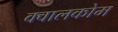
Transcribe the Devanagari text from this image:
क्वालकोम